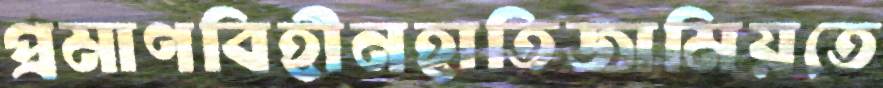
প্রমাণবিহীনহাতিজামিয়তে